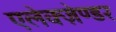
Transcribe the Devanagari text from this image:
एलेक्ज़ेण्डर